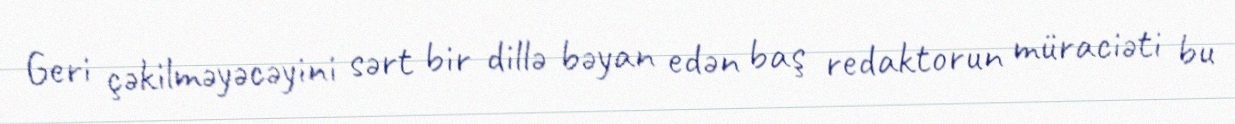
Geri çəkilməyəcəyini sərt bir dillə bəyan edən baş redaktorun müraciəti bu